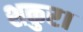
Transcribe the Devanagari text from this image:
शकुर।